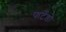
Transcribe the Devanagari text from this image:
फर्टेडो